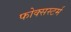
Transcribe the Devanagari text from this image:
फोक्सस्टर्म